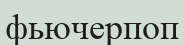
фьючерпоп